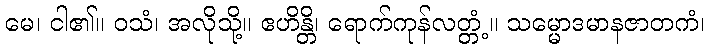
မေ၊ ငါ၏။ ဝသံ၊ အလိုသို့။ ဧဟိန္တိ၊ ရောက်ကုန်လတ္တံ့။ သမ္မောဒမာနဇာတကံ၊